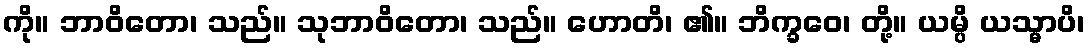
ကို။ ဘာဝိတော၊ သည်။ သုဘာဝိတော၊ သည်။ ဟောတိ၊ ၏။ ဘိက္ခဝေ၊ တို့။ ယမ္ပိ ယသ္မာပိ၊